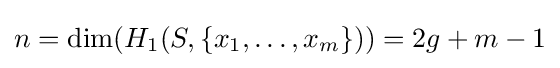
n=\dim(H_{1}(S,\{x_{1},\ldots ,x_{m}\}))=2g+m-1